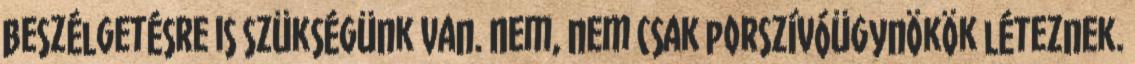
beszélgetésre is szükségünk van. Nem, nem csak porszívóügynökök léteznek.